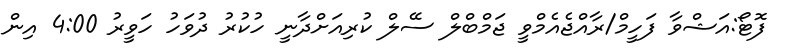
ފޮޓޯ:އަޝްވާ ފަހީމް/ރާއްޖެއެމްވީ ޖަމްބްލް ސޭލް ކުރިއަށްދާނީ ހުކުރު ދުވަހު ހަވީރު 4:00 އިން